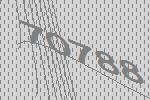
70788